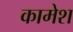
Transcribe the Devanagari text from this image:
कामेश